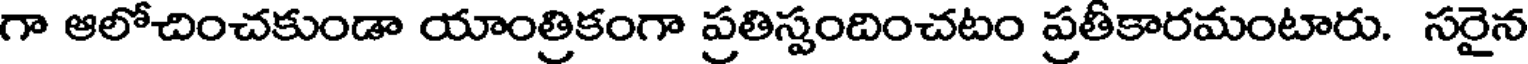
గా ఆలోచించకుండా యాంత్రికంగా ప్రతిస్పందించటం ప్రతీకారమంటారు. సరైన